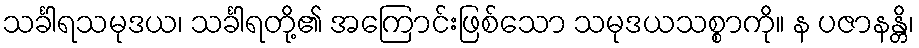
သင်္ခါရသမုဒယ၊ သင်္ခါရတို့၏ အကြောင်းဖြစ်သော သမုဒယသစ္စာကို။ န ပဇာနန္တိ၊